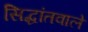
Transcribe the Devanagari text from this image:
सिद्धांतवाले